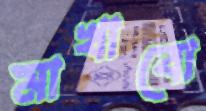
মাখাবো